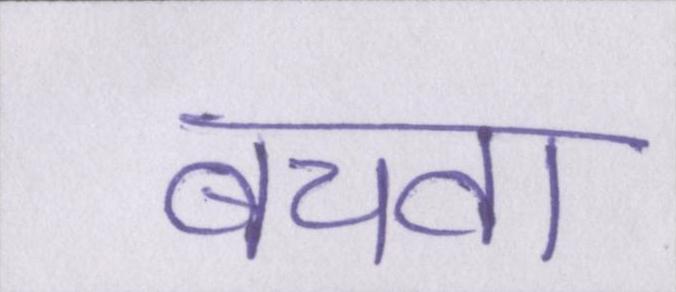
बचवा